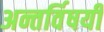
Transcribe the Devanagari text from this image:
अन्तर्विषयी